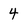
Character: 4